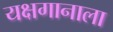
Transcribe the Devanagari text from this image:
यक्षगानाला